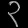
Digit: ၃